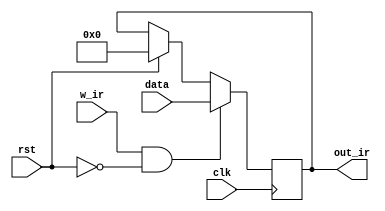
`timescale 1ns / 1ps
//////////////////////////////////////////////////////////////////////////////////
/*
* Copyright (c) 2023, Shiv Nadar University, Delhi NCR, India. All Rights
* Reserved. Permission to use, copy, modify and distribute this software for
* educational, research, and not-for-profit purposes, without fee and without a
* signed license agreement, is hereby granted, provided that this paragraph and
* the following two paragraphs appear in all copies, modifications, and
* distributions.
*
* IN NO EVENT SHALL SHIV NADAR UNIVERSITY BE LIABLE TO ANY PARTY FOR DIRECT,
* INDIRECT, SPECIAL, INCIDENTAL, OR CONSEQUENTIAL DAMAGES, INCLUDING LOST
* PROFITS, ARISING OUT OF THE USE OF THIS SOFTWARE.
*
* SHIV NADAR UNIVERSITY SPECIFICALLY DISCLAIMS ANY WARRANTIES, INCLUDING, BUT
* NOT LIMITED TO, THE IMPLIED WARRANTIES OF MERCHANTABILITY AND FITNESS FOR A
* PARTICULAR PURPOSE. THE SOFTWARE PROVIDED HEREUNDER IS PROVIDED "AS IS". SHIV
* NADAR UNIVERSITY HAS NO OBLIGATION TO PROVIDE MAINTENANCE, SUPPORT, UPDATES,
* ENHANCEMENTS, OR MODIFICATIONS.
*
* Revision History:
*            Date                  By                          Change Notes
* ----------------------- ---------------------- ------------------------------------------
*   23rd October 2023            Aditi Sharma                      Base Code
*
*   2nd April 2024               Aditi Sharma             rst shifed inside always block 
*                                                         to prevent concurrent assignment
*   
*   
*                                                                                
*                                      
*   
*/
//////////////////////////////////////////////////////////////////////////////////

module InstructionRegister(
    input rst,
    input clk,
    input w_ir,
    input [7:0] data,
    output [7:0] out_ir);

reg [7:0] ir;
//reg skip;

assign out_ir = ir;


initial
begin
    ir <= 8'bz;
end

/*always @(posedge clk)
begin

    if(rst == 1'b1)
    begin
        ir <= 8'b0;
    end    
   
end*/


always @(posedge clk)
begin
    
    if(w_ir == 1'b1 & rst == 1'b0)
    begin 
        ir <= data;
    end
    else if(rst == 1'b1)
    begin
        ir <= 8'b0;
    end    
    
    //$monitor("%t, IR = %b", $time, ir);
end        
 
endmodule